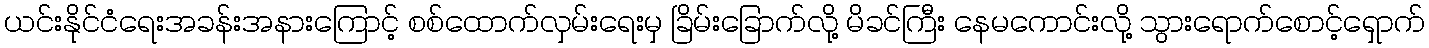
ယင်းနိုင်ငံရေးအခန်းအနားကြောင့် စစ်ထောက်လှမ်းရေးမှ ခြိမ်းခြောက်လို့ မိခင်ကြီး နေမကောင်းလို့ သွားရောက်စောင့်ရှောက်